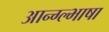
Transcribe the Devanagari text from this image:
आन्ग्ल्भाषा